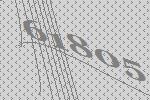
61805